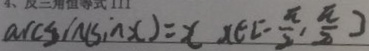
\arcsin ( \sin x ) = x x \in [ - \frac { \pi } { 2 } , \frac { \pi } { 2 } ]